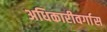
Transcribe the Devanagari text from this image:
अधिकारीवर्गास